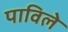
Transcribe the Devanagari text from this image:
पाविले